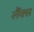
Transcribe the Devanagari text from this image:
लैंक्स